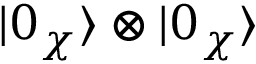
| 0 _ { \chi } \rangle \otimes | 0 _ { \chi } \rangle